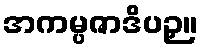
အကမ္ပဇာဒိပဉှ။